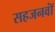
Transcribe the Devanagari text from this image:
सहजनवॉं